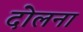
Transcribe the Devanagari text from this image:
दोलना